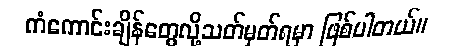
ကံကောင်းချိန်တွေလို့သတ်မှတ်ရမှာ ဖြစ်ပါတယ်။